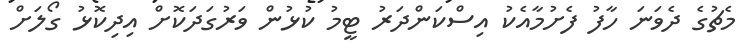
މެޗުގެ ދެވަނަ ހާފު ފެށުމާއެކު އިސްކަންދަރު ޓީމު ކުޅުން ވަރުގަދަކޮށް އިދިކޮޅު ގޯލަށް